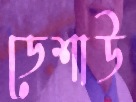
ডেশাউ